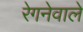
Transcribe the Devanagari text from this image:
रेगनेवाले